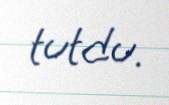
tutdu.